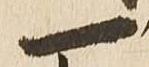
一